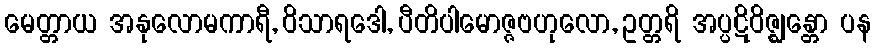
မေတ္တာယ အနုလောမကာရီ, ဝိသာရဒေါ, ပီတိပါမောဇ္ဇဗဟုလော, ဥတ္တရိ အပ္ပဋိဝိဇ္ဈန္တော ပန